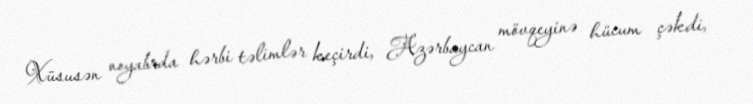
Xüsusən noyabrda hərbi təlimlər keçirdi, Azərbaycan mövqeyinə hücum çəkdi,